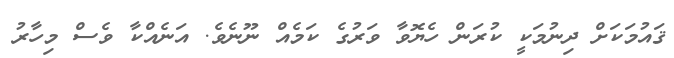
ޤައުމަކަށް ދިނުމަކީ ކުރަން ހެޔޮވާ ވަރުގެ ކަމެއް ނޫނެވެ. އަނެއްކާ ވެސް މިހާރު